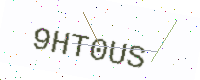
Text: 9HT0US